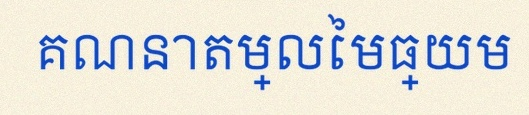
គណនាតម្លៃមធ្យម